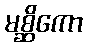
မစ္ဆိကော